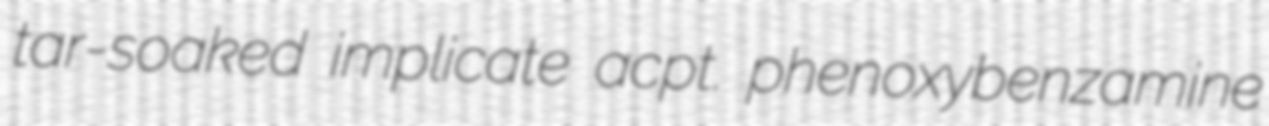
tar-soaked implicate acpt. phenoxybenzamine